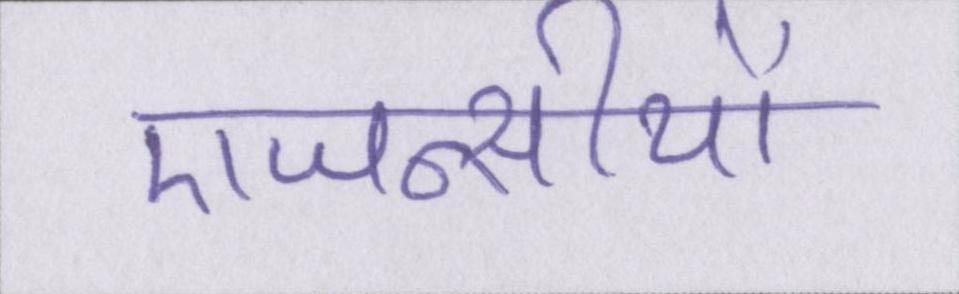
एजन्सीयों